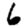
Digit: 6